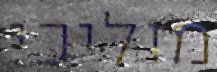
מוליכי